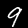
Digit: 9